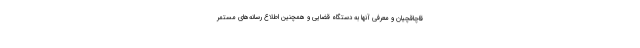
قاچاقچیان و معرفی آنها به دستگاه قضایی و همچنین اطلاع رسانه‌های مستمر